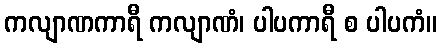
ကလျာဏကာရီ ကလျာဏံ၊ ပါပကာရီ စ ပါပကံ။